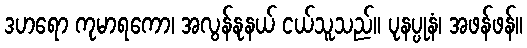
ဒဟရော ကုမာရကော၊ အလွန်နုနယ် ငယ်သူသည်။ ပုနပ္ပုနံ၊ အဖန်ဖန်။